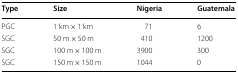
<table><thead><tr><td><b>Type</b></td><td><b>Size</b></td><td><b>Nigeria</b></td><td><b>Guatemala</b></td></tr></thead><tbody><tr><td>PGC</td><td>1 km × 1 km</td><td>71</td><td>6</td></tr><tr><td>SGC</td><td>50 m × 50 m</td><td>410</td><td>1200</td></tr><tr><td>SGC</td><td>100 m × 100 m</td><td>3900</td><td>300</td></tr><tr><td>SGC</td><td>150 m × 150 m</td><td>1044</td><td>0</td></tr></tbody></table>